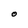
Character: O